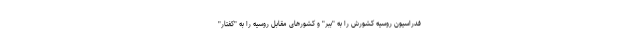
فدراسیون روسیه کشورش را به "ببر" و کشورهای مقابل روسیه را به "کفتار"